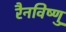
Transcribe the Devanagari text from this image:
रैनविष्णु